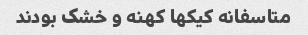
متاسفانه کیکها کهنه و خشک بودند